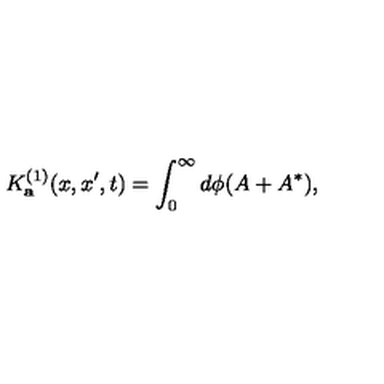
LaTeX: K _ { \bf a } ^ { ( 1 ) } ( x , x ^ { \prime } , t ) = \int _ { 0 } ^ { \infty } d \phi ( A + A ^ { * } ) ,